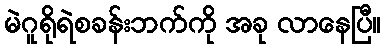
မဲဂူရိုရဲစခန်းဘက်ကို အခု လာနေပြီ။